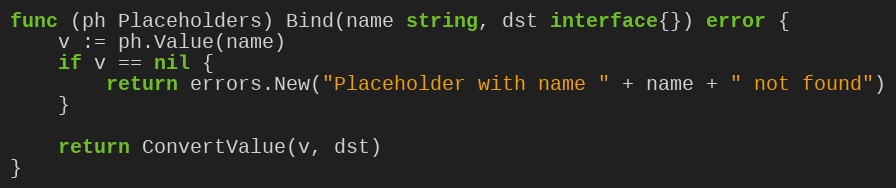
Language: Go
func (ph Placeholders) Bind(name string, dst interface{}) error {
	v := ph.Value(name)
	if v == nil {
		return errors.New("Placeholder with name " + name + " not found")
	}

	return ConvertValue(v, dst)
}